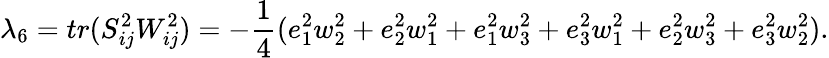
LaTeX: \lambda_{6}=tr(S_{ij}^{2}W_{ij}^{2})=-\frac 14(e_{1}^{2}w_{2}^{2}+e_{2}^{2}w_{1}^{2}+e_{1}^{2}w_{3}^{2}+e_{3}^{2}w_{1}^{2}+e_{2}^{2}w_{3}^{2}+e_{3}^{2}w_{2}^{2}).